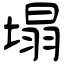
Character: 塌